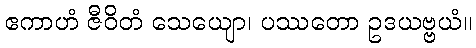
ဧကာဟံ ဇီဝိတံ သေယျော၊ ပဿတော ဥဒယဗ္ဗယံ။